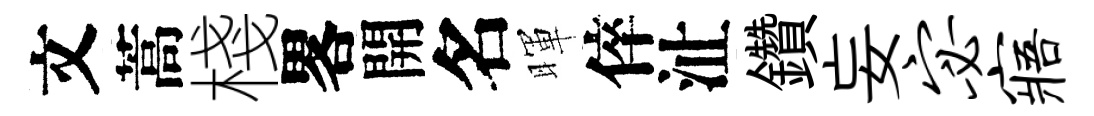
文蒿棧畧開名暉倅沚鑽妄宓寤